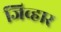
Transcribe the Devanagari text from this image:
जिव्हार